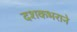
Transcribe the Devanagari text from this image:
दशकभराने